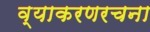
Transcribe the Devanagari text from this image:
व्याकरणरचना